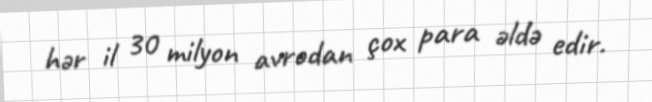
hər il 30 milyon avrodan çox para əldə edir.